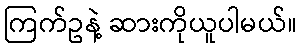
ကြက်ဥနဲ့ ဆားကိုယူပါမယ်။